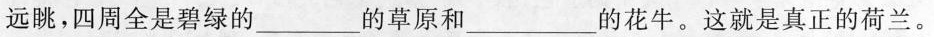
远眺，四周全是碧绿的___的草原和___的花牛。这就是真正的荷兰。